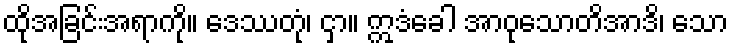
ထိုအခြင်းအရာကို။ ဒေဿတုံ၊ ငှာ။ ဣဒံခေါ အာဝုသောတိအာဒိ၊ သော